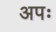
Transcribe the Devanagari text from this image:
अपः